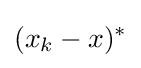
(x_{k}-x)^{*}